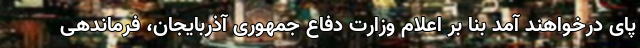
پای درخواهند آمد بنا بر اعلام وزارت دفاع جمهوری آذربایجان، فرماندهی